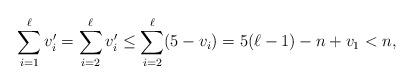
LaTeX: \begin{align*}\sum\limits_{i=1}^{\ell}v_i' = \sum\limits_{i=2}^{\ell}v_i' \leq \sum\limits_{i=2}^{\ell}(5-v_i) = 5(\ell-1)-n+v_1 < n,\end{align*}